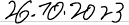
26.10.2023